Annual report of the Punjab Veterinary College and of the Civil Veterinary Department, Punjab - 1920-1925
Year: 1920
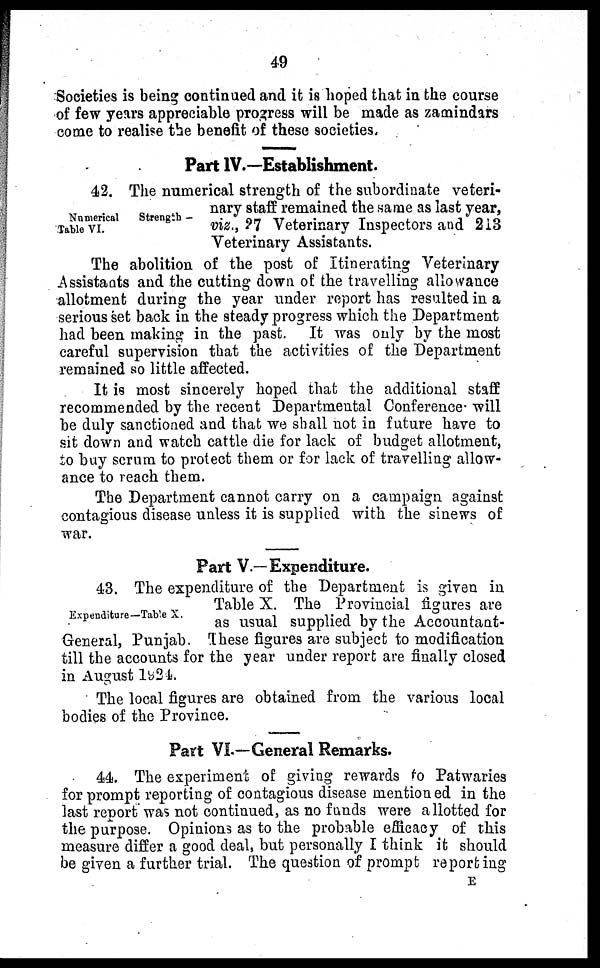
49
Societies is being continued and it is hoped that in the course
of few years appreciable progress will be made as zamindars
come to realise the benefit of these societies.
Part IV.—Establishment.
Numerical
Strength —
Table VI.
42. The numerical strength of the subordinate veteri-
nary staff remained the same as last year,
viz., 27 Veterinary Inspectors and 213
Veterinary Assistants.
The abolition of the post of Itinerating Veterinary
Assistants and the cutting down of the travelling allowance
allotment during the year under report has resulted in a
serious set back in the steady progress which the Department
had been making in the past. It was only by the most
careful supervision that the activities of the Department
remained so little affected.
It is most sincerely hoped that the additional staff
recommended by the recent Departmental Conference will
be duly sanctioned and that we shall not in future have to
sit down and watch cattle die for lack of budget allotment,
to buy serum to protect them or for lack of travelling allow-
ance to reach them.
The Department cannot carry on a campaign against
contagious disease unless it is supplied with the sinews of
war.
Part V.—Expenditure.
Expenditure—Table X.
43. The expenditure of the Department is given in
Table X. The Provincial figures are
as usual supplied by the Accountant-
General, Punjab. These figures are subject to modification
till the accounts for the year under report are finally closed
in August 1924.
The local figures are obtained from the various local
bodies of the Province.
Part VI.—General Remarks.
44. The experiment of giving rewards to Patwaries
for prompt reporting of contagious disease mentioned in the
last report was not continued, as no funds were allotted for
the purpose. Opinions as to the probable efficacy of this
measure differ a good deal, but personally I think it should
be given a further trial. The question of prompt reporting
E